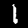
Label: 1